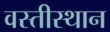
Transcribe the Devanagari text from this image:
वस्तीस्थान